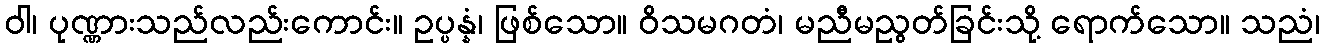
ဝါ၊ ပုဏ္ဏားသည်လည်းကောင်း။ ဥပ္ပန္နံ၊ ဖြစ်သော။ ဝိသမဂတံ၊ မညီမညွတ်ခြင်းသို့ ရောက်သော။ သညံ၊